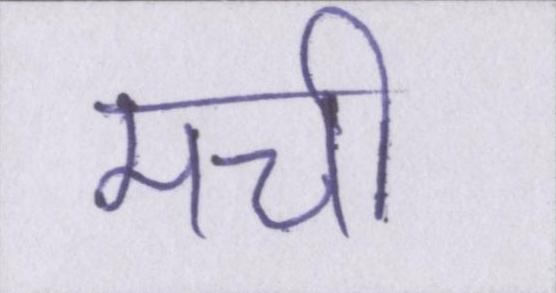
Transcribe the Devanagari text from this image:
मची